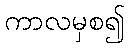
ကာလမှစ၍